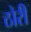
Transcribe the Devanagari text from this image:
ठोरी